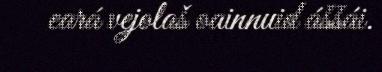
eará vejolaš oainnuid áššái.